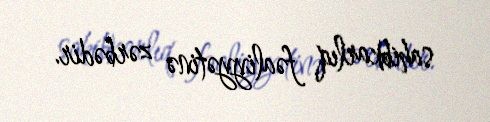
sahibkarlıq fəaliyyətinə zərbədir.